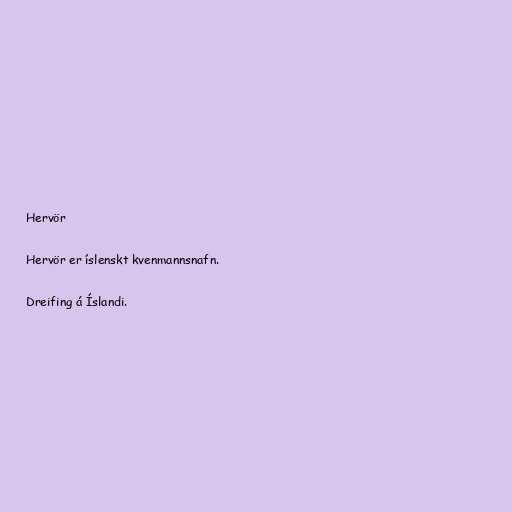
Hervör

Hervör er íslenskt kvenmannsnafn.

Dreifing á Íslandi.